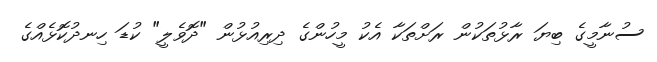
ސުނާމީގެ ބިޔަ ރާޅުތަކުން ރަށްތަކާ އެކު މީހުންގެ ދިރިއުޅުން "ދޮވެލީ" ކުޑަ ހިނދުކޮޅެއްގެ